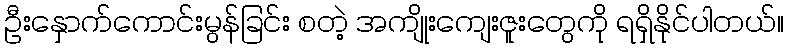
ဦးနှောက်ကောင်းမွန်ခြင်း စတဲ့ အကျိုးကျေးဇူးတွေကို ရရှိနိုင်ပါတယ်။